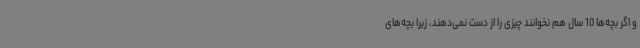
و اگر بچه‌ها 10 سال هم نخوانند چیزی را از دست نمی‌دهند، زیرا بچه‌های